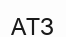
АТЗ